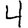
Digit: 4